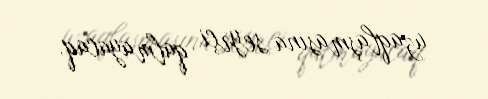
uzaqlaşmasına seyrçi qalmayacaq.